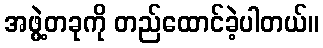
အဖွဲ့တခုကို တည်ထောင်ခဲ့ပါတယ်။